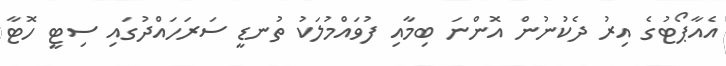
އެއާޕޯޓުގެ އިރު ދެކުނުން އޮންނަ ބިމާއި ފުވައްމުލަކު ތުނޑީ ސަރަހައްދުގައި ސިޓީ ހޮޓާ